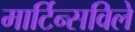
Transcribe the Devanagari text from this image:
मार्टिन्सविले